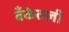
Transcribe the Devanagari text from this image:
बँकेतली